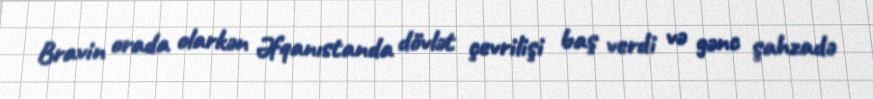
Bravin orada olarkən Əfqanıstanda dövlət çevrilişi baş verdi və gənc şahzadə